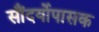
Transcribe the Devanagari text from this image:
सौंदर्योपासक